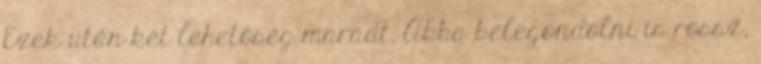
Ezek után két lehetőség maradt. Abba belegondolni is rossz,